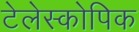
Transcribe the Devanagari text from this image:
टेलेस्कोपिक